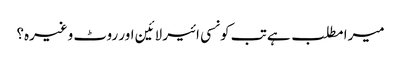
میرا مطلب ہے تب کونسی ائیر لائین اور روٹ وغیرہ؟